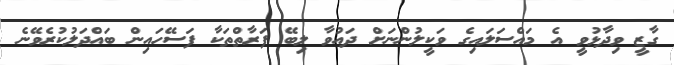
ގާޒީ ވިދާޅުވީ އެ މައްސަލައިގެ ވަކީލުންނަށް ދައުވާ ލިބޭ ފަރާތްތަކާ ފަސޭހައިން ބައްދަލުކުރެވޭނެ